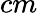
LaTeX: cm